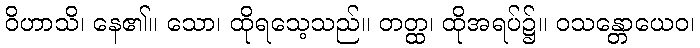
ဝိဟာသိ၊ နေ၏။ သော၊ ထိုရသေ့သည်။ တတ္ထ၊ ထိုအရပ်၌။ ဝသန္တောယေဝ၊